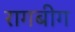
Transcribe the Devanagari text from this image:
रागबीग